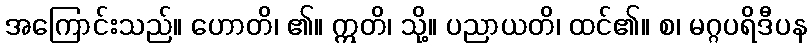
အကြောင်းသည်။ ဟောတိ၊ ၏။ ဣတိ၊ သို့။ ပညာယတိ၊ ထင်၏။ စ၊ မဂ္ဂပရိဒီပန